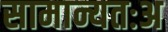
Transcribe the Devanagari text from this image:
सामान्यतःअ